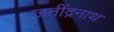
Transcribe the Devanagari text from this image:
जतींद्रनाथ